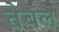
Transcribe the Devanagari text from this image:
तेबल